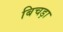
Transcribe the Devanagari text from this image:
बिचड़ा